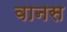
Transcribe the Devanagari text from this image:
वानस